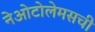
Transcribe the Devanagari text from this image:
नेओटोलेमसची